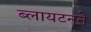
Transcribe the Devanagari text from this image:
ब्लायटनने